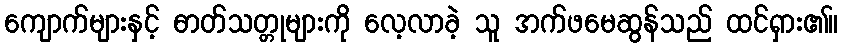
ကျောက်များနှင့် ဓာတ်သတ္တုများကို လေ့လာခဲ့ သူ အက်ဖမေဆွန်သည် ထင်ရှား၏။